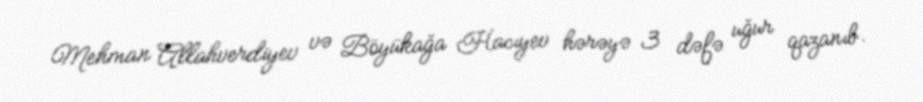
Mehman Allahverdiyev və Böyükağa Hacıyev hərəyə 3 dəfə uğur qazanıb.